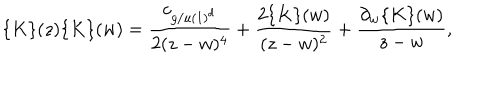
\{ K \} ( z ) \{ K \} ( w ) = { \frac { c _ { g / u ( 1 ) ^ { d } } } { 2 ( z - w ) ^ { 4 } } } + { \frac { 2 \{ K \} ( w ) } { ( z - w ) ^ { 2 } } } + { { \frac { \partial _ { w } \{ K \} ( w ) } { z - w } } } ,